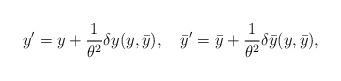
LaTeX: \begin{align*}y'=y+{1\over\theta^2} \delta y(y,\bar{y}),\quad \bar{y}'=\bar{y}+{1\over\theta^2} \delta \bar{y}(y,\bar{y}),\end{align*}